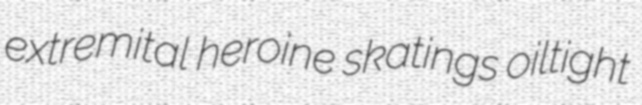
extremital heroine skatings oiltight